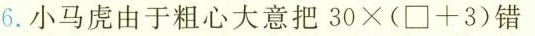
6.小马虎由于粗心大意把$$ 30 × ( /Box + 3 ) $$错